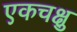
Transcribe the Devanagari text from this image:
एकचक्षु